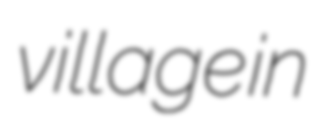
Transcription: village in